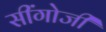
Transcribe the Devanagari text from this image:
सींगोजी